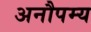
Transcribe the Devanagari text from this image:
अनौपम्य